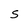
Character: S